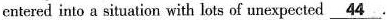
cntered into a siuation with lots of unexpected \underline{44}.